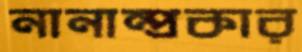
নানান্‌প্রকার